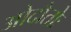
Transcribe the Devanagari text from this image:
ओदौतोः